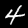
Label: 4